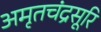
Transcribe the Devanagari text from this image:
अमृतचंद्रसूरि